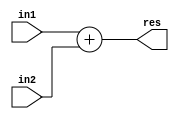
`timescale 1ns / 1ps
//////////////////////////////////////////////////////////////////////////////////
// Company: 
// Engineer: 
// 
// Design Name: 
// Module Name: Adder
// Project Name: 
// Target Devices: 
// Tool Versions: 
// Description: 
// 
// Dependencies: 
// 
// Revision:
// Revision 0.01 - File Created
// Additional Comments:
// 
//////////////////////////////////////////////////////////////////////////////////


module Adder #(parameter width = 32)(
    input [ width -1 :0 ] in1 , in2 ,
    output [ width -1 :0 ] res 
    );
    
    assign res = in1 + in2 ;
endmodule